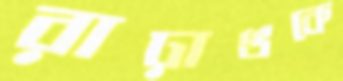
রাঢ়াঙকে